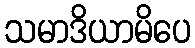
သမာဒိယာမိပေ